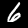
Label: 6